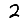
Digit: 2